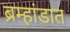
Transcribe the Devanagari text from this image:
ब्रम्हांडात